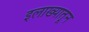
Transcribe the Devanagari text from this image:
इलाख्यातून